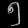
Digit: ၅